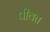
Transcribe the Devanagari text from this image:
पीवत